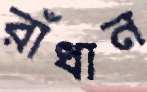
রাঁধান